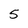
Character: 5